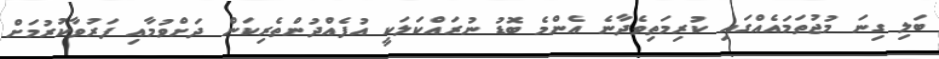
ބަލި ގިނަ މުޖުތަމައެއްގައި ކުރިމަތިވެދާނެ އެންމެ ބޮޑު ނުރައްކަލަކީ އުފެއްދުންތެރިކަން ދަށްވުމާއި ފަރުވާކުރުމަށް